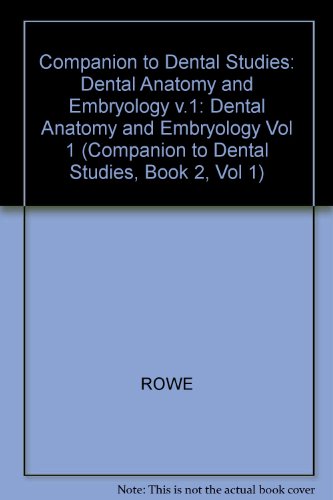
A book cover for Dental Anatomy and Embryology (Companion to Dental Studies, Book 2, Vol 1); Medical Books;